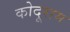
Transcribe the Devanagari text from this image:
कोदूराम